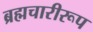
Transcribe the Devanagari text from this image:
ब्रह्मचारीरूप